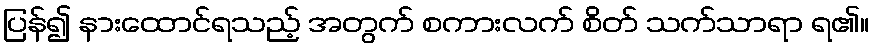
ပြန်၍ နားထောင်ရသည့် အတွက် စကားလက် စိတ် သက်သာရာ ရ၏။